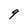
Character: q